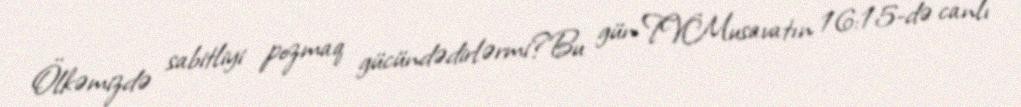
Ölkəmizdə sabitliyi pozmaq gücündədirlərmi?Bu gün TVMusavatın 16:15-də canlı